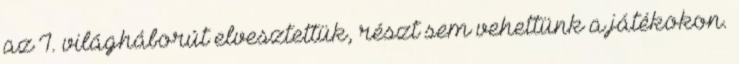
az I. világháborút elvesztettük, részt sem vehettünk a játékokon.